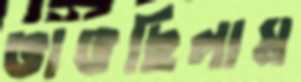
ভাঙছিলাম